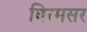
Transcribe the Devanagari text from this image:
बिरमसर